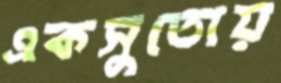
একসুতোয়